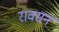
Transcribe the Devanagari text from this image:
रावसन